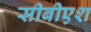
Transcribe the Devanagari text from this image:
सीबीएश